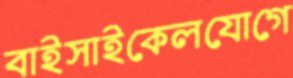
বাইসাইকেলযোগে